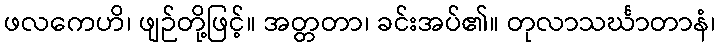
ဖလကေဟိ၊ ဖျဉ်တို့ဖြင့်။ အတ္တတာ၊ ခင်းအပ်၏။ တုလာသင်္ဃာတာနံ၊